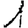
Digit: 1